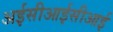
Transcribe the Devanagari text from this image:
अईसीआईसीआई